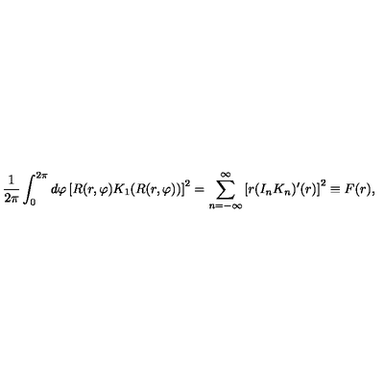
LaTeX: { \frac { 1 } { 2 \pi } } \int _ { 0 } ^ { 2 \pi } d \varphi \left[ R ( r , \varphi ) K _ { 1 } ( R ( r , \varphi ) ) \right] ^ { 2 } = \sum _ { n = - \infty } ^ { \infty } \left[ r ( I _ { n } K _ { n } ) ^ { \prime } ( r ) \right] ^ { 2 } \equiv F ( r ) ,